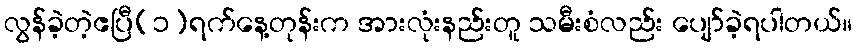
လွန်ခဲ့တဲ့ဧပြီ(၁)ရက်နေ့တုန်းက အားလုံးနည်းတူ သမီးစံလည်း ပျော်ခဲ့ရပါတယ်။